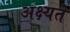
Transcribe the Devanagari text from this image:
अक्ष्यते